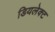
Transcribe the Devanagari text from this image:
डियलेक्ट